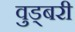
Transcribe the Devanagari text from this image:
वुड्बरी